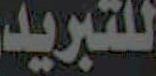
للتبريد